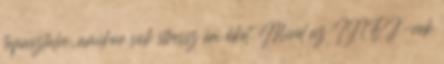
tapasztalni, amikor sok stressz éri őket. Mivel az INFJ-nek